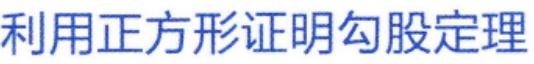
利用正方形证明勾股定理